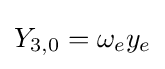
Y_{3,0}=\omega _{e}y_{e}